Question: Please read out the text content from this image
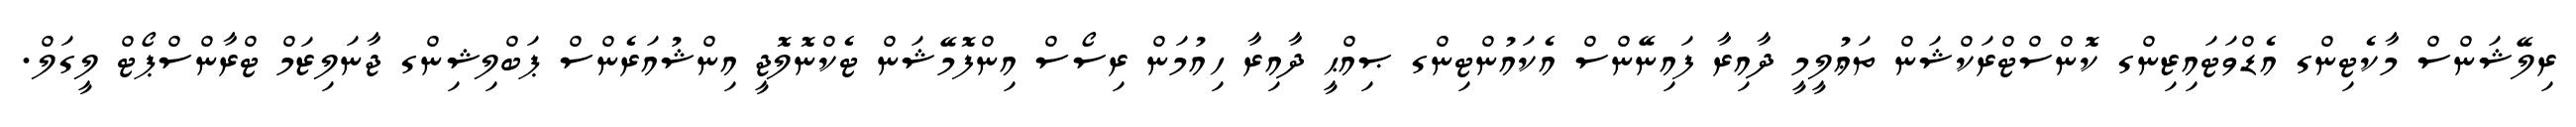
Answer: ރިލޭޝަންސް މާކެޓިންގ އެޑްވަޓައިޒިންގ ކޮންސްޓްރަކްޝަން ތަޢުލީމީ ދާއިރާ ފައިނޭންސް އެކައުންޓިންގ ޞިއްޙީ ދާއިރާ ހިއުމަން ރިސޯސް އިންފޮމޭޝަން ޓެކްނޮލޮޖީ އިންޝުއަރެންސް ޕަބްލިޝިންގ ޖާނަލިޒަމް ޓްރާންސްޕޯޓް ލީގަލް.